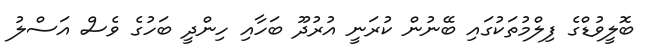
ބޮލީވުޑްގެ ފިލްމުތަކުގައި ބޭނުން ކުރަނީ އުރުދޫ ބަހާއި ހިންދީ ބަހުގެ ވެސް އަސްލު